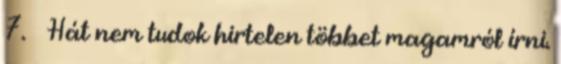
7. Hát nem tudok hirtelen többet magamról írni.